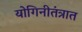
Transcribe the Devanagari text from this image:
योगिनीतंत्रात